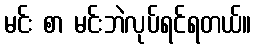
မင်း စာ မင်းဘဲလုပ်ရင်ရတယ်။